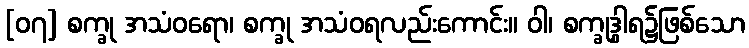
[၀၇] စက္ခု အသံဝရော၊ စက္ခု အသံဝရလည်းကောင်း။ ဝါ၊ စက္ခုဒွါရ၌ဖြစ်သော